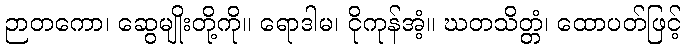
ဉာတကော၊ ဆွေမျိုးတို့ကို။ ရောဒါမ၊ ငိုကုန်အံ့။ ဃတသိတ္တံ၊ ထောပတ်ဖြင့်